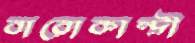
বারোকান্দ্রী